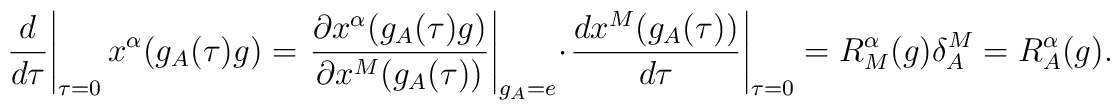
\left. \frac{d}{d\tau}\right|_{\tau=0} x^{\alpha}(g_{A}(\tau)g)=\left.\frac{\partial x^{\alpha}(g_{A}(\tau)g)}{\partial x^{M}(g_{A}(\tau))}\right|_{g_{A}=e}\cdot\left.\frac{d x^{M}(g_{A}(\tau))}{d \tau}\right|_{\tau=0}=R^{\alpha}_{M}(g)\delta^{M}_{A}=R^{\alpha}_{A}(g).